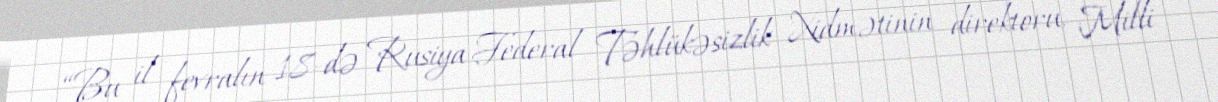
“Bu il fevralın 18-də Rusiya Federal Təhlükəsizlik Xidmətinin direktoru, Milli